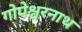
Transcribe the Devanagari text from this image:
गोपेश्वरनाथ